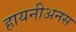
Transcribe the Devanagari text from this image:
हायनीअनस